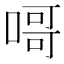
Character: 𠹭